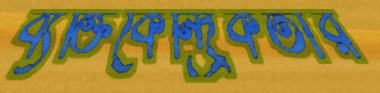
ব্যক্তিকেন্দ্রিকতার